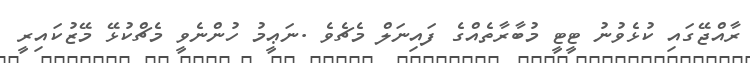
ރާއްޖޭގައި ކުޅެވުނު ޓީޓީ މުބާރާތެއްގެ ފައިނަލް މެޗެވެ .ނަޢީމު ހުންނެވީ މެޗްކުޅޭ މޭޒުކައިރީ